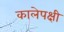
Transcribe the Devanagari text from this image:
कालेपक्षी